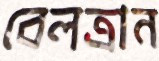
বেলত্রান